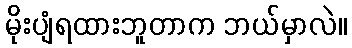
မိုးပျံရထားဘူတာက ဘယ်မှာလဲ။